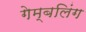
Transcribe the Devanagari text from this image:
गेम्बलिंग